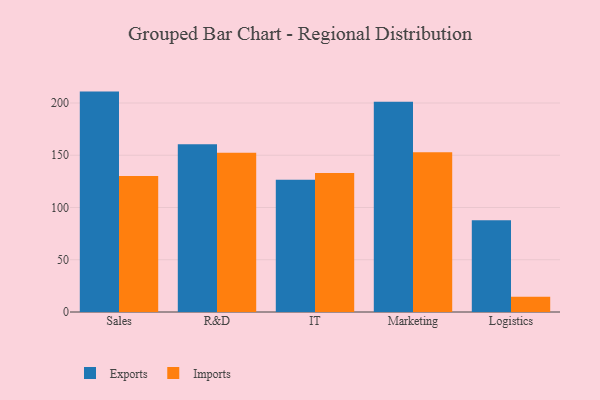
{"axis": {"x": "Department", "y": "Market Share (%)"}, "legend": ["Exports", "Imports"], "data": [{"x": "Sales", "y": 210.9, "type": "Exports"}, {"x": "Sales", "y": 130.2, "type": "Imports"}, {"x": "R&D", "y": 160.4, "type": "Exports"}, {"x": "R&D", "y": 152.4, "type": "Imports"}, {"x": "IT", "y": 126.6, "type": "Exports"}, {"x": "IT", "y": 132.9, "type": "Imports"}, {"x": "Marketing", "y": 201.3, "type": "Exports"}, {"x": "Marketing", "y": 152.9, "type": "Imports"}, {"x": "Logistics", "y": 87.9, "type": "Exports"}, {"x": "Logistics", "y": 14.5, "type": "Imports"}]}